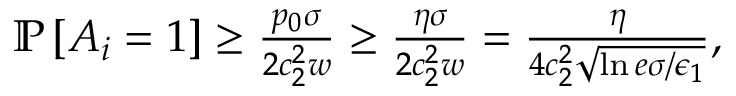
\begin{array} { r } { \mathbb { P } \left[ A _ { i } = 1 \right] \ge \frac { p _ { 0 } \sigma } { 2 c _ { 2 } ^ { 2 } w } \ge \frac { \eta \sigma } { 2 c _ { 2 } ^ { 2 } w } = \frac { \eta } { 4 c _ { 2 } ^ { 2 } \sqrt { \ln { e \sigma / \epsilon _ { 1 } } } } , } \end{array}